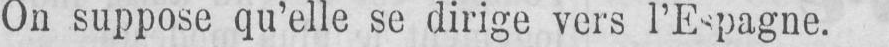
On suppose qu’elle se dirige vers l’Espagne.